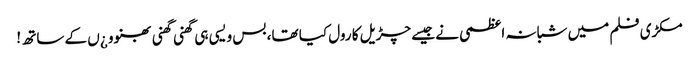
مکڑی فلم میں شبانہ اعظمی نے جیسے چڑیل کا رول کیا تھا، بس ویسی ہی گھنی گھنی بھنوو ¿ں کے ساتھ !